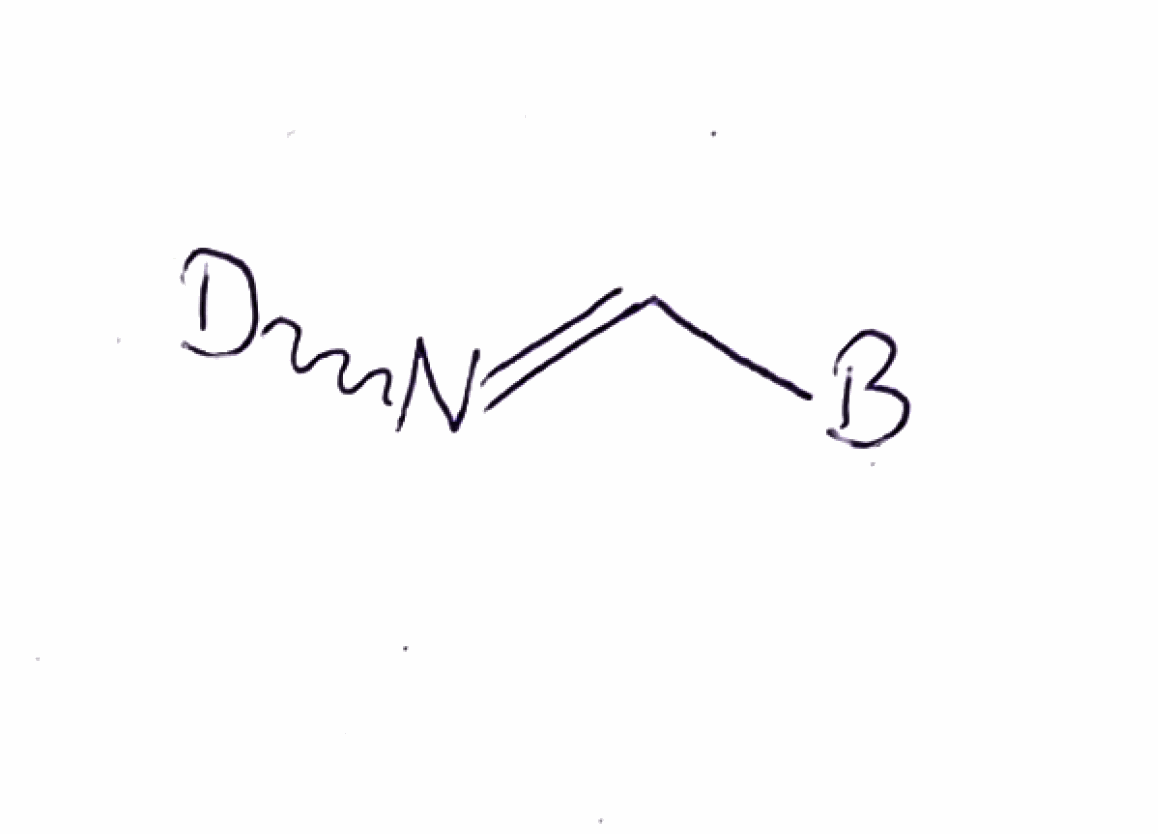
Simplified molecular-input line-entry system (SMILES) notation of the given molecule:
[2H]N=C[B]